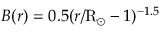
B ( r ) = 0 . 5 ( r / \mathrm { R } _ { \odot } - 1 ) ^ { - 1 . 5 }